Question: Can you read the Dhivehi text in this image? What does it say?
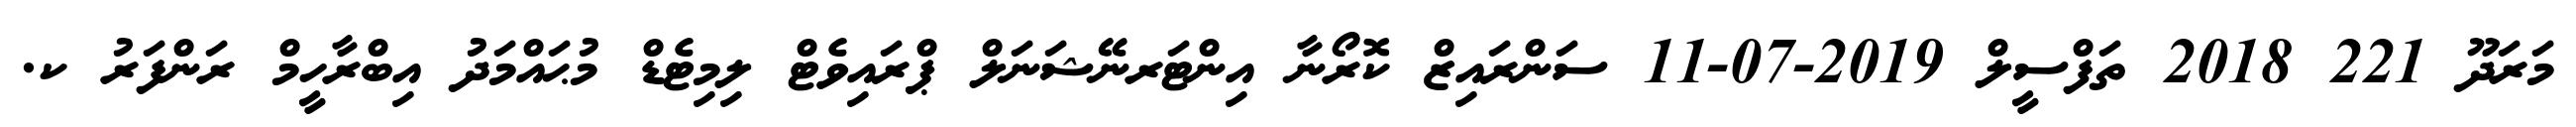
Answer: މަރަދޫ 221 2018 ތަފްސީލް 2019-07-11 ސަންރައިޒް ކޮރޯނާ އިންޓަރނޭޝަނަލް ޕްރައިވެޓް ލިމިޓެޑް މުޙައްމަދު އިބްރާހީމް ރަންފަރު ކ.